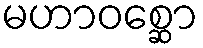
မဟာဝစ္ဆော